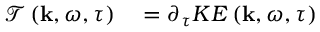
\begin{array} { r l } { \mathcal { T } \left( \mathbf { k } , \omega , \tau \right) } & { { } = \partial _ { \tau } K E \left( \mathbf { k } , \omega , \tau \right) } \end{array}